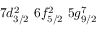
7 d _ { 3 / 2 } ^ { 2 } \, \, 6 f _ { 5 / 2 } ^ { 2 } \, \, 5 g _ { 9 / 2 } ^ { 7 }